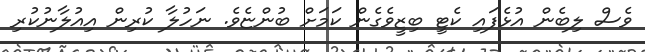
ވެސް ލިބެން އުޅެފައި ކެޓީ ބިޒީވެގެން ކަމަށް ބުންޏެވެ. ނަހުލާ ކުރިން އިއުލާނުކުރި